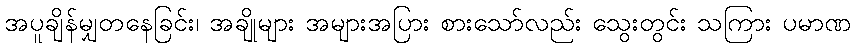
အပူချိန်မျှတနေခြင်း၊ အချိုများ အများအပြား စားသော်လည်း သွေးတွင်း သကြား ပမာဏ